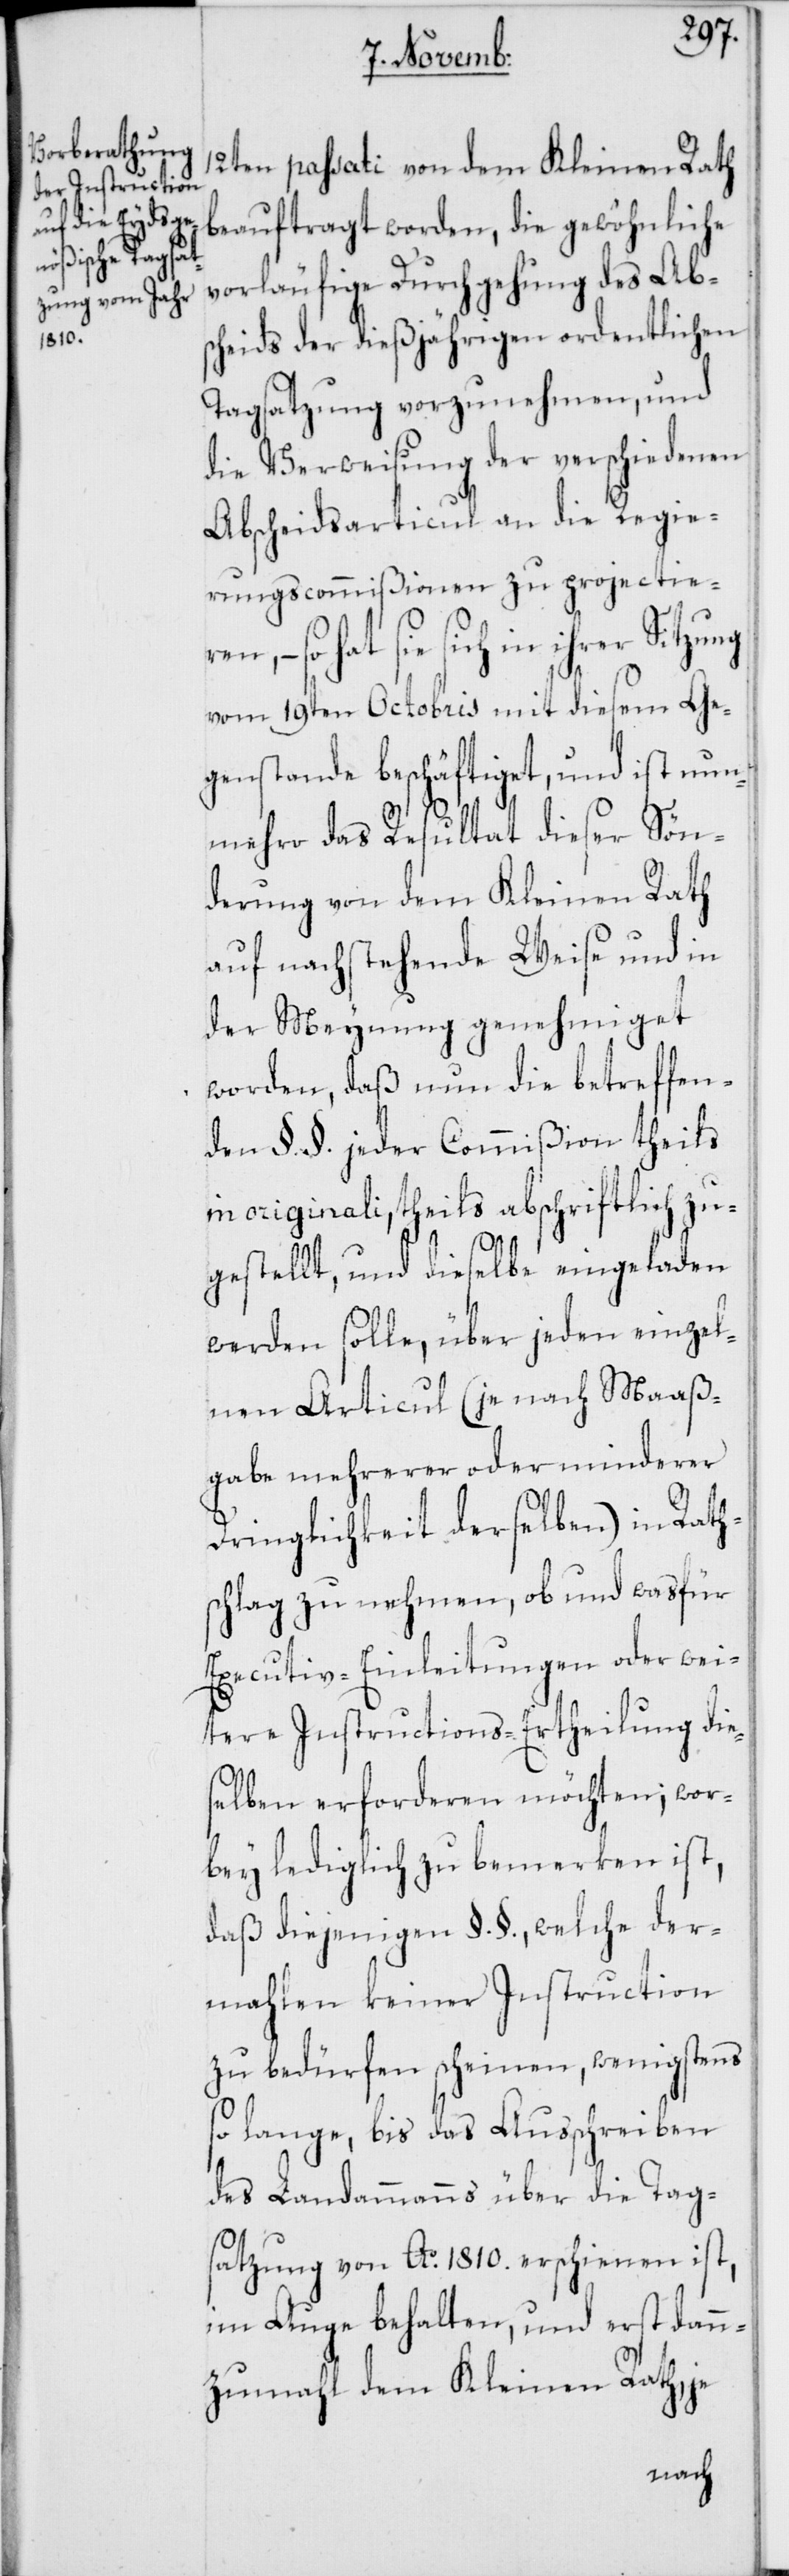
sc¬

12ten passati von dem Kleinen Rath
beauftragt worden, die gewöhnliche
vorläufige Durchgehung des Ab¬
scheids der dießjährigen ordentlichen
Tagsatzung vorzunehmen, und
die Verweisung der verschiedenen
Abscheidsarticul an die Regie¬
rungscommißionen zu projectieren,
so hat sie sich in ihrer Sitzung
vom 19ten Octobris mit diesem Ge¬
genstande beschäftiget, und ist nun¬
mehro das Resultat dieser Sön¬
derung von dem Kleinen Rath
auf nachstehende Weise und in
der Meynung genehmiget
worden, daß nun die betreffen¬
den §.§. jeder Commißion theils
in originali, theils abschriftlich zu¬
gestellt, und dieselbe eingeladen
werden solle, über jeden einzel¬
nen Articul (je nach Maaß¬
gabe mehrerer oder minderer
Dringlichkeit derselben) in Rath¬
hlag zu nehmen, ob und was für
Executiv-Einleitungen oder wei¬
tere Instructions-Ertheilung die¬
selben erforderen möchten; wor¬
bey lediglich zu bemerken ist,
daß diejenigen §.§., welche der¬
mahlen keiner Instruction
zu bedürfen scheinen, wenigstens
so lange, bis das Ausschreiben
des Landammanns über die Tag¬
satzung von Ao. 1810. erschienen ist,
im Auge behalten, und erst dann¬
zumahl dem Kleinen Rath, je